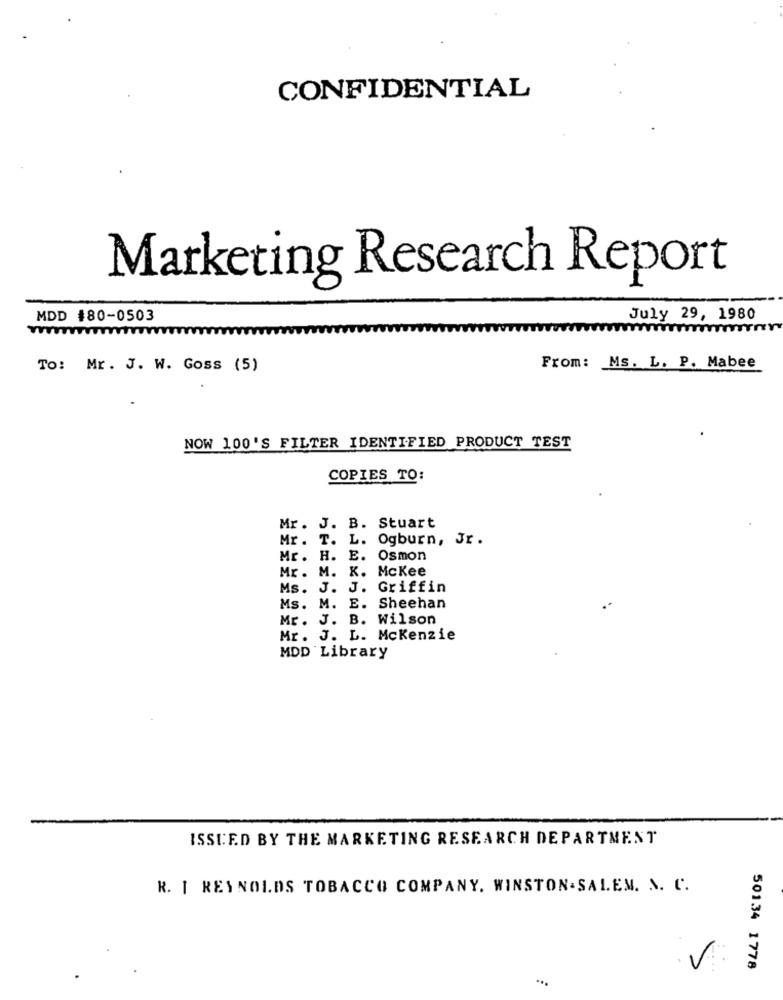
CONFIDENTIAL
Marketing Research Report
MDD #80-0503
July 29, 1980
To: Mr. J. W. Goss (5)
From: Ms. L. P. Mabee
NOW 100'S FILTER IDENTIFIED PRODUCT TEST
COPIES TO:
Mr. J. B. Stuart
Mr. T. L. Ogburn, Jr.
Mr. H. E. Osmon
Mr. M. K. Mckee
Ms. J. J. Griffin
Ms. M. E. Sheehan
Mr. J. B. Wilson
Mr. J. L. Mckenzie
MDD Library
ISSUED BY THE MARKETING RESEARCH DEPARTMENT
R. I REYNOLDS TOBACCO COMPANY. WINSTON- SALEM. N. C.
50134 1778